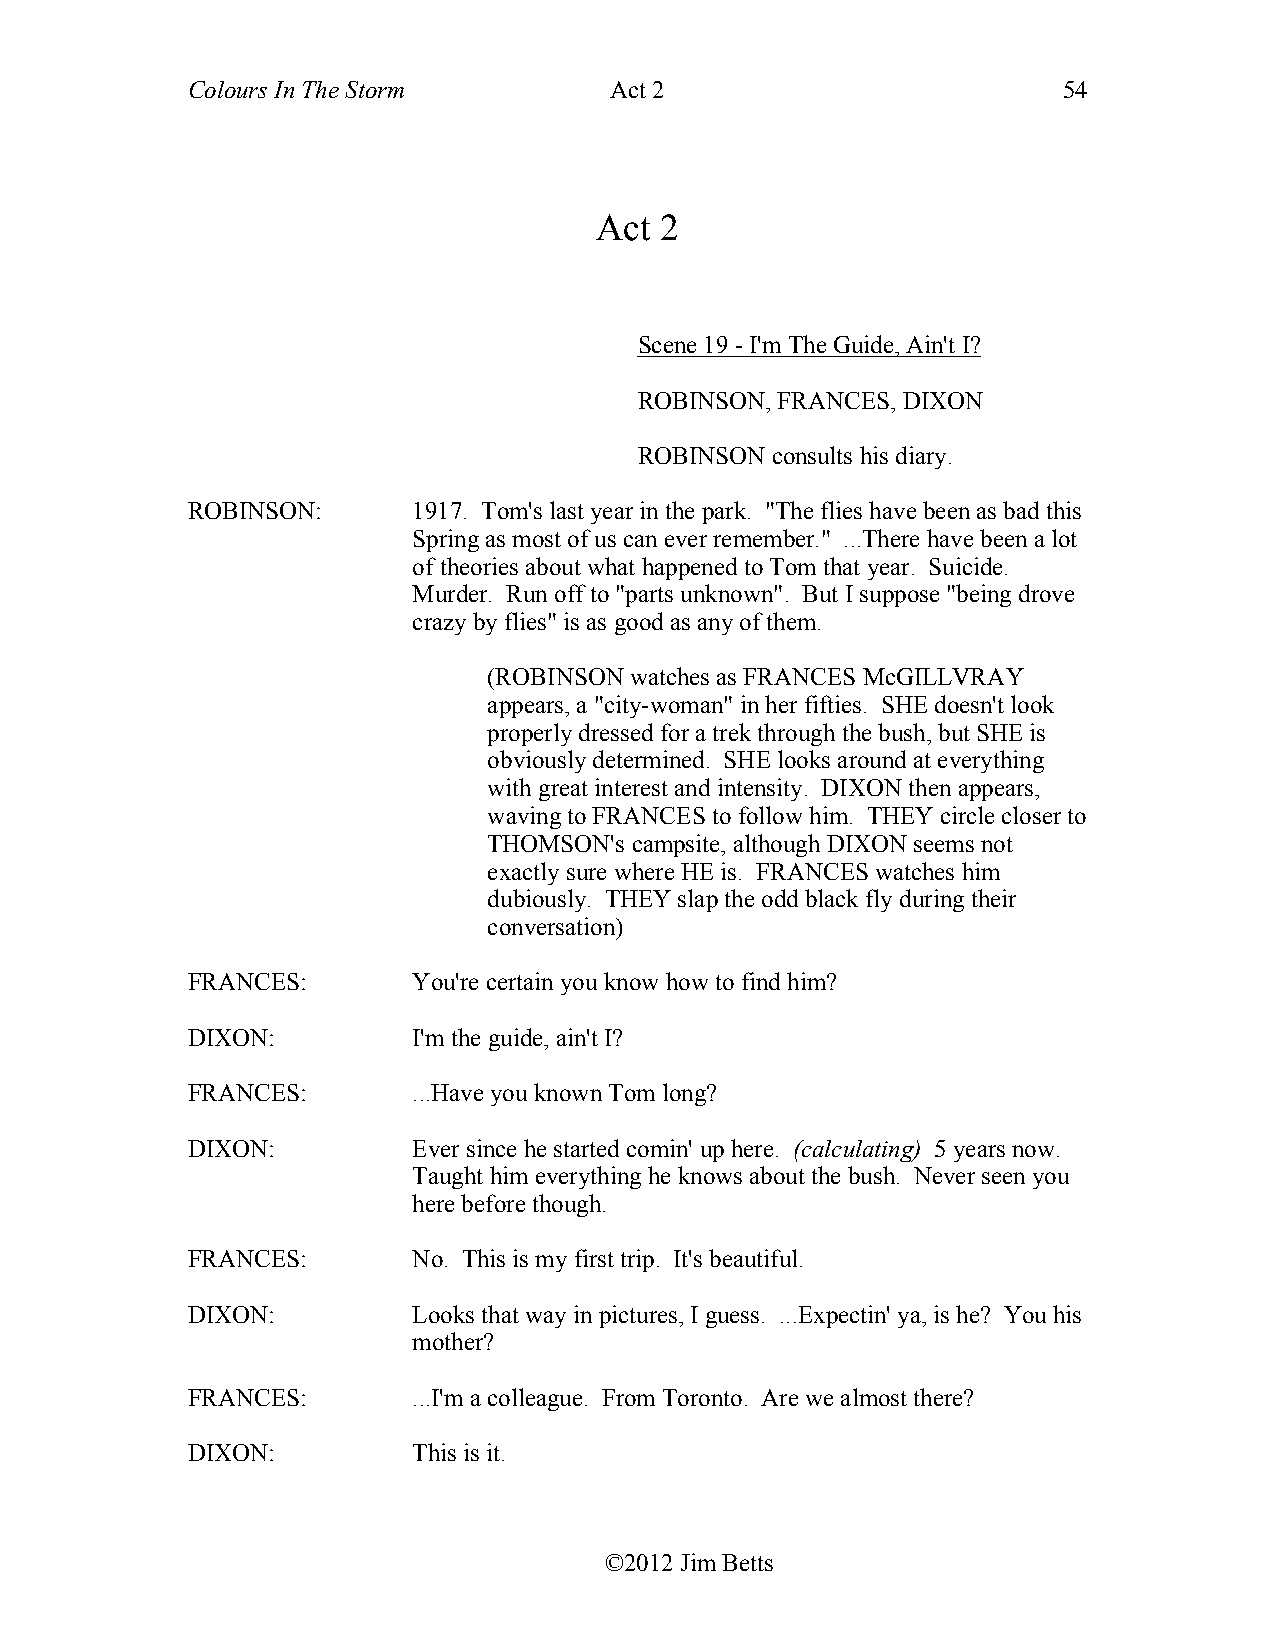
Colours In The Storm        Act 2                         54
 Act  2
 Scene 19 - I'm The Guide, Ain't I?
 ROBINSON, FRANCES, DIXON
 ROBINSON consults his diary.
 ROBINSON:      1917. Tom's last year in the park. "The flies have been as bad this
 Spring as most of us can ever remember." ...There have been a lot
 of theories about what happened to Tom that year. Suicide.
 Murder. Run off to "parts unknown". But I suppose "being drove
 crazy by flies" is as good as any of them.
 (ROBINSON watches as FRANCES McGILLVRAY
 appears, a "city-woman" in her fifties. SHE doesn't look
 properly dressed for a trek through the bush, but SHE is
 obviously determined. SHE looks around at everything
 with great interest and intensity. DIXON then appears,
 waving to FRANCES to follow him. THEY circle closer to
 THOMSON's campsite, although DIXON seems not
 exactly sure where HE is. FRANCES watches him
 dubiously. THEY slap the odd black fly during their
 conversation)
 FRANCES:       You're certain you know how to find him?
 DIXON:         I'm the guide, ain't I?
 FRANCES:       ...Have you known Tom long?
 DIXON:         Ever since he started comin' up here. (calculating) 5 years now.
 Taught him everything he knows about the bush. Never seen you
 here before though.
 FRANCES:       No. This is my first trip. It's beautiful.
 DIXON:         Looks that way in pictures, I guess. ...Expectin' ya, is he? You his
 mother?
 FRANCES:       ...I'm a colleague. From Toronto. Are we almost there?
 DIXON:         This is it.
 ©2012 Jim Betts